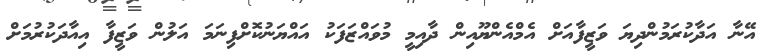
އޭނާ އަދާކުރަމުންދިޔަ ވަޒީފާއަށް އެމްއެންޔޫއިން ދާއިމީ މުވައްޒަފަކު އައްޔަނުކޮށްފިނަމަ އަލުން ވަޒީފާ އިއާދަކުރުމަށް